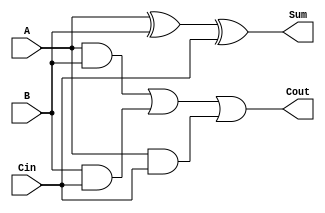
module full_adder(input wire A, input wire B, input wire Cin, output wire Sum, output wire Cout);

assign Sum = A ^ B ^ Cin;
assign Cout = (A & B) | (B & Cin) | (A & Cin);

endmodule